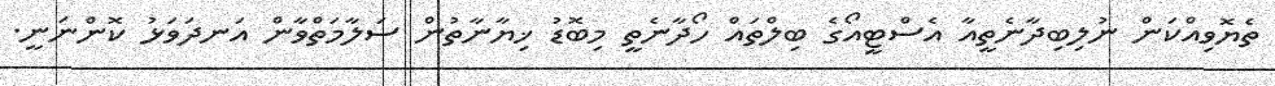
ތެޔޮވިއްކަން ނުލިބިދާނެތީއާ އެސްޓީއޯގެ ބިލްތައް ހޯދާނެތީ މިބޮޑު ޚިޔާނާތުން ސަލާމަތްވާން އަނދަވަޅު ކޮންނަނީ.